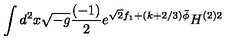
\int d ^ { 2 } x \sqrt { - g } \frac { ( - 1 ) } { 2 } e ^ { \sqrt { 2 } f _ { 1 } + ( k + 2 / 3 ) \bar { \phi } } H ^ { ( 2 ) 2 }